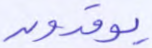
يوقدون